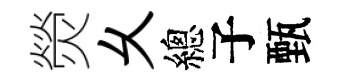
熒乆總子甄